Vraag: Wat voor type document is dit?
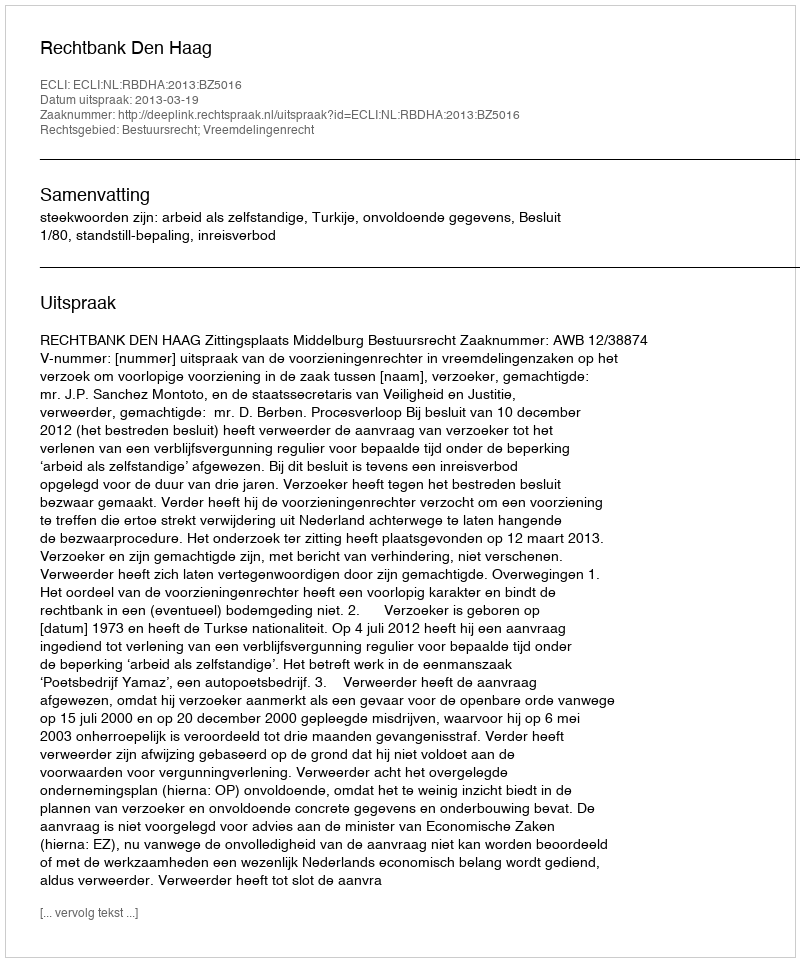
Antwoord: Uitspraak